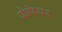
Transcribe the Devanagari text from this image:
पौपियर